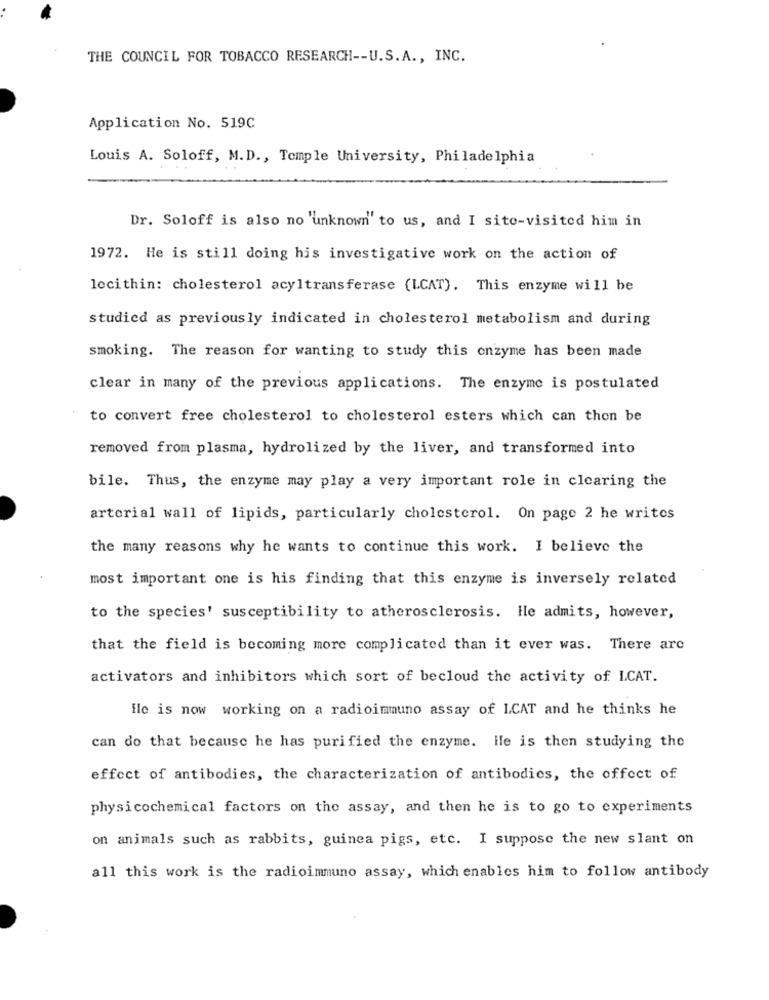
THE COUNCIL FOR TOBACCO RESEARCH -- U.S.A ., INC.
Application No. 519C
Louis A. Soloff, M.D ., Temple University, Philadelphia
Dr. Soloff is also no 'unknown" to us, and I site-visited him in
1972. He is still doing his investigative work on the action of
lecithin: cholesterol acyltransferase (LCAT). This enzyme will be
studied as previously indicated in cholesterol metabolism and during
smoking. The reason for wanting to study this onzyme has been made
clear in many of the previous applications. The enzyme is postulated
to convert free cholesterol to cholesterol esters which can then be
removed from plasma, hydrolized by the liver, and transformed into
bile. Thus, the enzyme may play a very important role in clearing the
arterial wall of lipids, particularly cholesterol. On page 2 he writes
the many reasons why he wants to continue this work. I believe the
most important one is his finding that this enzyme is inversely related
to the species' susceptibility to atherosclerosis. He admits, however,
that the field is becoming more complicated than it ever was. There arc
activators and inhibitors which sort of becloud the activity of LCAT.
Hle is now working on a radioimmuno assay of LCAT and he thinks he
can do that because he has purified the enzyme. He is then studying the
effect of antibodies, the characterization of antibodies, the offect of
physi cochemical factors on the assay, and then he is to go to experiments
on animals such as rabbits, guinea pigs, etc. I suppose the new slant on
all this work is the radioimmuno assay, which enables him to follow antibody